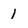
Character: 1